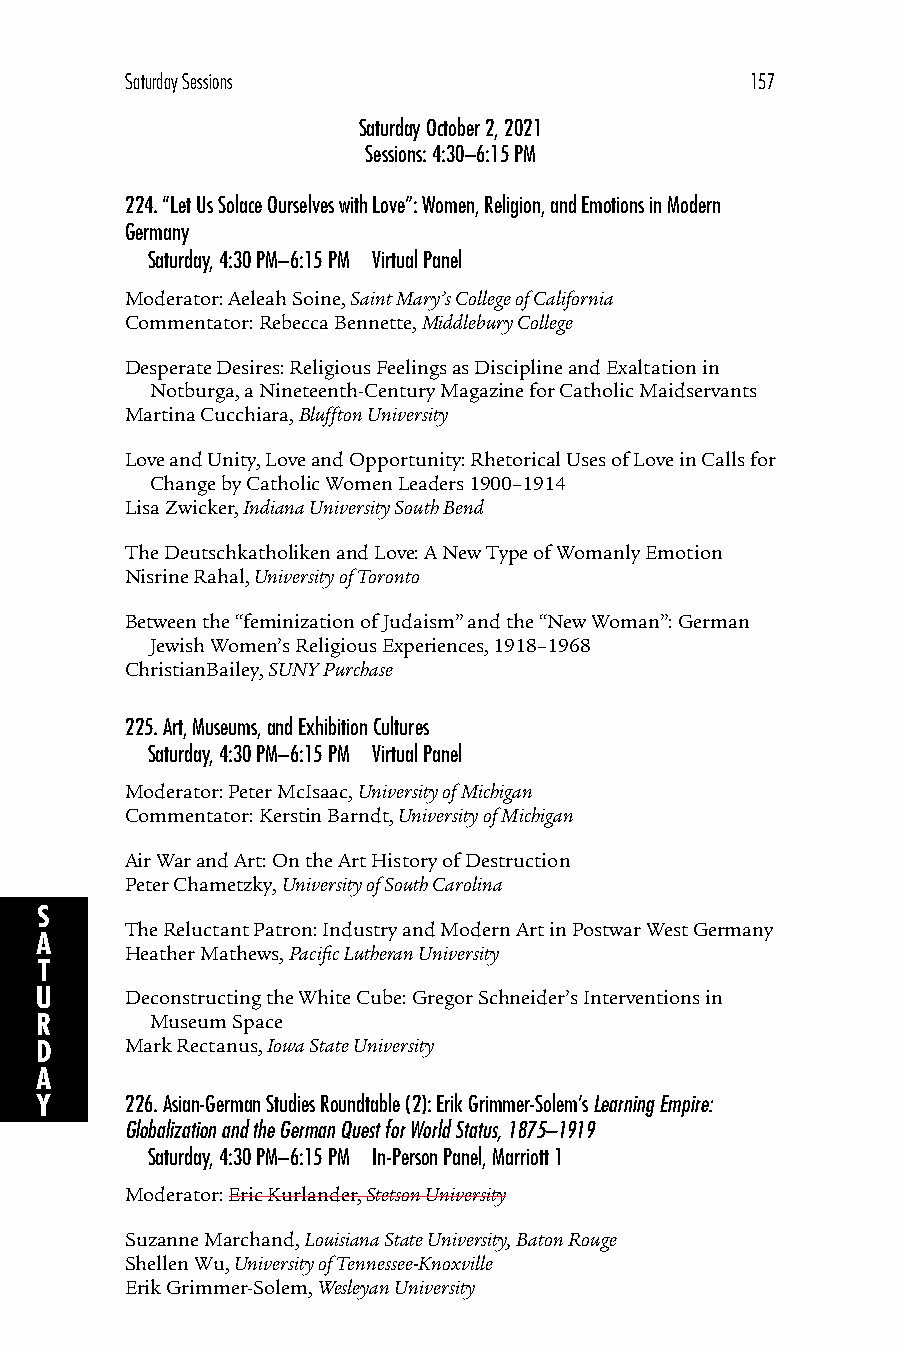
Saturday Sessions                         157
 Saturday October 2, 2021
 Sessions: 4:30–6:15 PM
 224.“Let Us Solace Ourselves with Love”: Women, Religion, and Emotions in Modern
 Germany
 Saturday, 4:30 PM–6:15 PM Virtual Panel
 Moderator: Aeleah Soine, Saint Mary’s College of California
 Commentator: Rebecca Bennette, Middlebury College
 Desperate Desires: Religious Feelings as Discipline and Exaltation in
 Notburga, a Nineteenth-Century Magazine for Catholic Maidservants
 Martina Cucchiara, Bluffton University
 Love and Unity, Love and Opportunity: Rhetorical Uses of Love in Calls for
 Change by Catholic Women Leaders 1900–1914
 Lisa Zwicker, Indiana University South Bend
 The Deutschkatholiken and Love: A New Type of Womanly Emotion
 Nisrine Rahal, University of Toronto
 Between the “feminization of Judaism” and the “New Woman”: German
 Jewish Women’s Religious Experiences, 1918–1968
 ChristianBailey, SUNY Purchase
 225.Art, Museums, and Exhibition Cultures
 Saturday, 4:30 PM–6:15 PM Virtual Panel
 Moderator: Peter McIsaac, University of Michigan
 Commentator: Kerstin Barndt, University of Michigan
 Air War and Art: On the Art History of Destruction
 Peter Chametzky, University of South Carolina
 S
 The Reluctant Patron: Industry and Modern Art in Postwar West Germany
 A
 Heather Mathews, Pacific Lutheran University
 T
 U     Deconstructing the White Cube: Gregor Schneider’s Interventions in
 R       Museum Space
 D     Mark Rectanus, Iowa State University
 A
 Y     226.Asian-German Studies Roundtable (2): Erik Grimmer-Solem’s Learning Empire:
 Globalization and the German Quest for World Status, 1875–1919
 Saturday, 4:30 PM–6:15 PM In-Person Panel, Marriott 1
 Moderator: Eric Kurlander, Stetson University
 Suzanne Marchand, Louisiana State University, Baton Rouge
 Shellen Wu, University of Tennessee-Knoxville
 Erik Grimmer-Solem, Wesleyan University